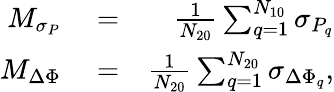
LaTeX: \begin{array}{rlr}{M_{\sigma_{P}}}&{{}=}&{\frac{1}{N_{20}}\sum_{q=1}^{N_{10}}{\sigma_{P_{q}}}}\\ {M_{\Delta\Phi}}&{{}=}&{\frac{1}{N_{20}}\sum_{q=1}^{N_{20}}{\sigma_{\Delta\Phi_{q}}},}\end{array}